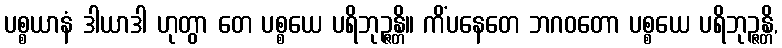
ပစ္စယာနံ ဒါယာဒါ ဟုတွာ တေ ပစ္စယေ ပရိဘုဉ္ဇန္တိ။ ကိံပနေတေ ဘဂဝတော ပစ္စယေ ပရိဘုဉ္ဇန္တိ,